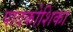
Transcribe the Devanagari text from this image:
पादकोशिका